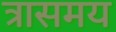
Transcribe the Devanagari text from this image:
त्रासमय